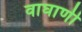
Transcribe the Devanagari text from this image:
वाघाणी